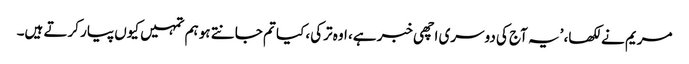
مریم نے لکھا، ’یہ آج کی دوسری اچھی خبر ہے، اوہ ترکی، کیا تم جانتے ہو ہم تمہیں کیوں پیار کرتے ہیں۔